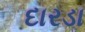
દારડા